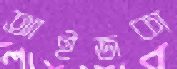
আইজকা